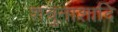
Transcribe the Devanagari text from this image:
शत्रुनाशादि